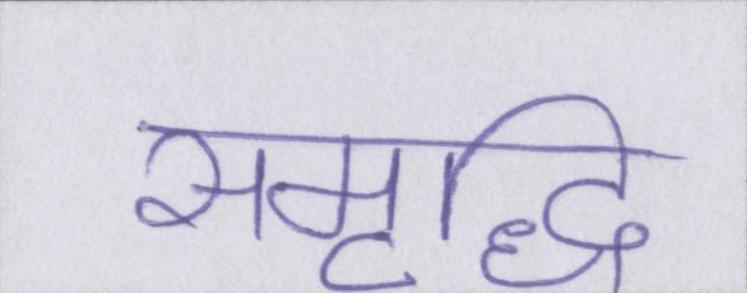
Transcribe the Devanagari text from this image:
समृद्धि